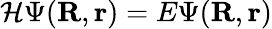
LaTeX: \mathcal{H}\Psi(\mathbf{{R}},\mathbf{{r}})=E\Psi(\mathbf{{R}},\mathbf{{r}})